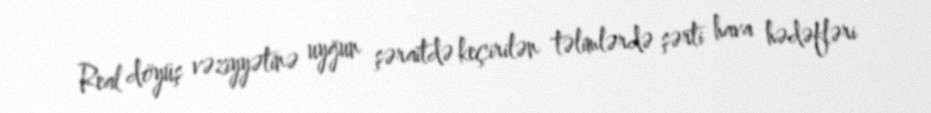
Real döyüş vəziyyətinə uyğun şəraitdə keçirilən təlimlərdə şərti hava hədəfləri